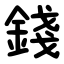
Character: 錢